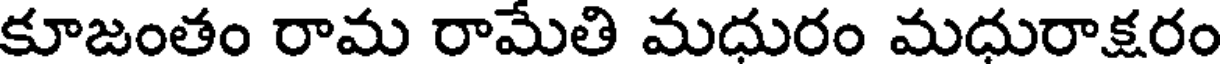
కూజంతం రామ రామేతి మధురం మధురాక్షరం